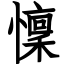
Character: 懍